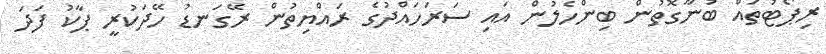
ރިޕޯޓުތައް ބުނާގޮތުން ބިންހެލުން އައި ސަރަހައްދުގެ ރައްޔިތުން ރޭގަނޑު ހޭދަކުރީ ޕާކު ފަދަ